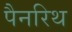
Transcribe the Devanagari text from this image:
पैनरिथ